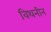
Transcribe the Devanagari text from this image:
विथनीन